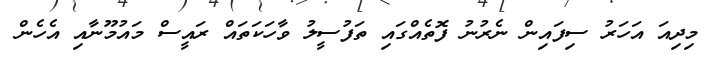
މިދިއަ އަހަރު ސިފައިން ނެރުނު ފޮތެއްގައި ތަފުސީލު ވާހަކަތައް ރައީސް މައުމޫނާއި އެހެން